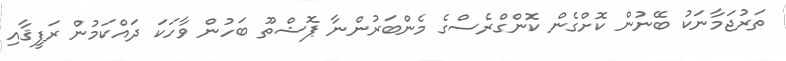
ތަރުޖަމާނަކު ބޭނުން ކޮށްގެން ކޮންގްރެސްގެ މެންބަރުންނާ ޕޮޝްތޫ ބަހުން ވާހަކަ ދައްކަމުން ރަފީޤާއި